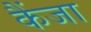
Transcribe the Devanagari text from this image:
कैंजा